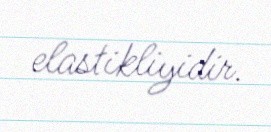
elastikliyidir.